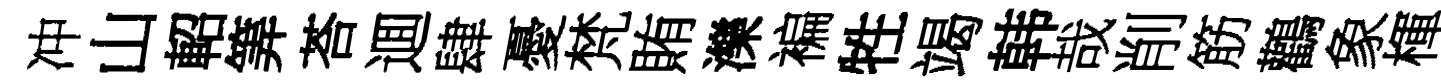
冲山軺筭荅逥肆憂梵賄濼褊牲竭韩哉削筋鸛象楎